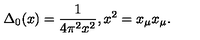
\Delta _ { 0 } ( x ) = \frac { 1 } { 4 \pi ^ { 2 } x ^ { 2 } } , x ^ { 2 } = x _ { \mu } x _ { \mu } .